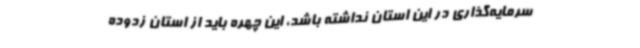
سرمایه‌گذاری در این استان نداشته باشد، این چهره باید از استان زدوده